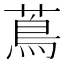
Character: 蔦